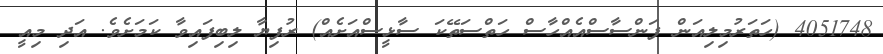
4051748 (ހަތަރުމިލިއަން ފަންސާސްއެއްހާސް ހަތްސަތޭކަ ސާޅީސްއަށެއް) ރުފިޔާ ލިބިފައިވާ ކަމަށެވެ. އަދި މިއީ